Statistics of inoculations with Haffkine's anti-plague vaccine 1897-1900
Year: 1897
Disease focus: Plague
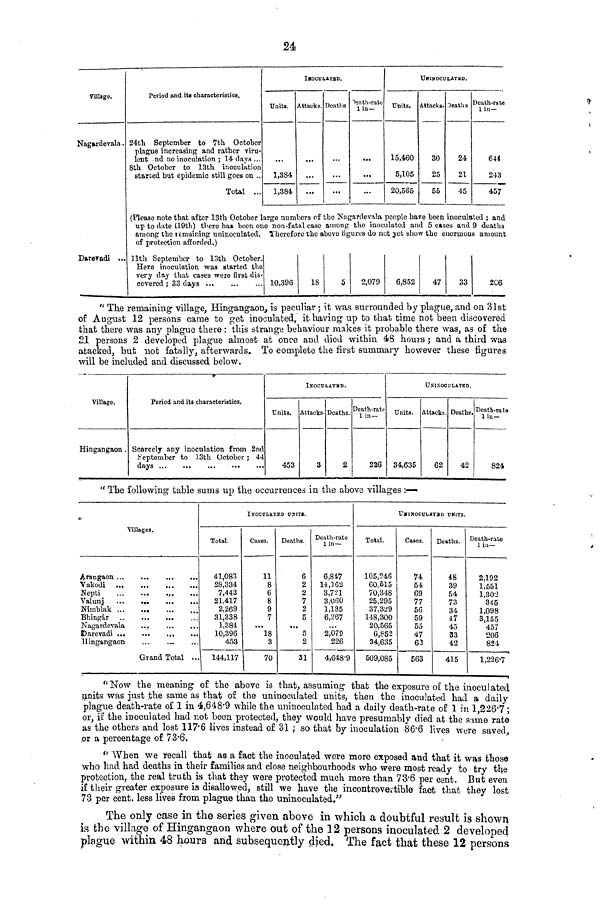
24
Village.
Nagardevala.
Daravadi ...
Period and its characteristics.
24th September to 7th October
plague increasing and rather viru-
lent .nd no inoculation ; 14 days ...
8th October to 18th inoculation
started bat epidemic still goes on ..
Total ...
INOCULATED.
Units.
1,384
1,384
Attacke.
...
...
Deaths
...
...
Death-rate
1 in-
...
...
Units.
15,460
5,105
20,565
UNINOCULATED
Attacks.
30
25
55
Deaths
24
21
45
Death-rate
1 in—
644
243
457
(Please note that after 13th October large numbers of the Nagardevala people have been inoculated ; and
up to dato (19th) there has been one non-fatal case among the inoculated and 5 cases and 9 deaths
among the lemaining uninoculated. Therefore the above figures do not yet show the enormous amount
of protection afforded.)
11th September to 13th October.
Here inoculation was started the
very day that cases were first dis-
covered ; 33 days
10,396
18
5
2,079
6,852
47
33
2C6
" The remaining village, Hingangaon, is peculiar ; it was surrounded by plague, and on 31st
of August 12 persons came to get inoculated, it having up to that time not been discovered
that there was any plague there : this strange behaviour makes it probable there was, as of the
21 persons 2 developed plague almost at once and died within 48 hours ; and a third was
atacked, but not fatally, afterwards. To complete the first summary however these figures
will be included and discussed below.
Village.
Hingangaon.
Period and its characteristics.
Scarcely any inoculation from 2nd
September to ]3th October; 44
INOCULATED
Units.
453
Attacks.
3
Deaths.
2
Death-rate
1 in—
226
UNINOCULATED
Units.
34,635
Attacks.
62
Deaths.
42
Death-rate
1 in-
824
" The following table sums up the occurrences in the above villages : —
Villages.
Vakodi
Nepti
,.
Valunj
Nimblak
Nagardevala
...
Hingangaon
Grand Total ..
INOCULATED UNITS.
Total.
41,083
28,334
7,443
21.417
2,269
31,338
1,381
10,396
453
144,117
Coses.
11
8
6
8
9
7
...
18
3
70
Deaths.
6
2
2
7
2
5
...
5
2
31
Death-rate
1 in—
6,847
14,162
8,721
3,060
1,135
6,267
...
2,079
226
4,648-9
UNINOCULATED UNITS
Total.
105,246
60,515
70,348
25,295
37,329
148,300
20,565
6,852
34,635
509,085
Cases.
74
54
69
77
56
59
55
47
63
563
Deaths.
48
39
54
73
34
47
45
33
42
415
Death-rate
1 in—
2,192
1,551
1,302
345
1,098
3,155
457
206
824
1,226.7
"Now the meaning of the above is that, assuming that the exposure of the inoculated
units was just the same as that of the uninoculated units, then the inoculated had a daily
plague death-rate of 1 in 4,648.9 while the uninoculated had a daily death-rate of 1 in 1 226.7 ;
or, if the inoculated had not been protected, they would have presumably died at the same rate
as the others and lost 117.6 lives instead of 31 ; so that by inoculation 86.6 lives were saved,
or a percentage of 73.6.
"When we recall that as a fact the inoculated were more exposed and that it was those
who had had deaths in their families and close neighbourhoods who were most ready to try the
protection, the real truth is that they were protected much more than 73.6 per cent. But even
if their greater exposure is disallowed, still we have the incontrovertible fact that they lost
73 per cent, less lives from plague than the uninoculated."
The only case in the series given above in which a doubtful result is shown
is the village of Hingangaon where out of the 12 persons inoculated 2 developed
plague within 48 hours and subsequently died. The fact that these 12 persons